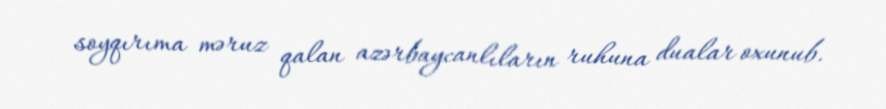
soyqırıma məruz qalan azərbaycanlıların ruhuna dualar oxunub.